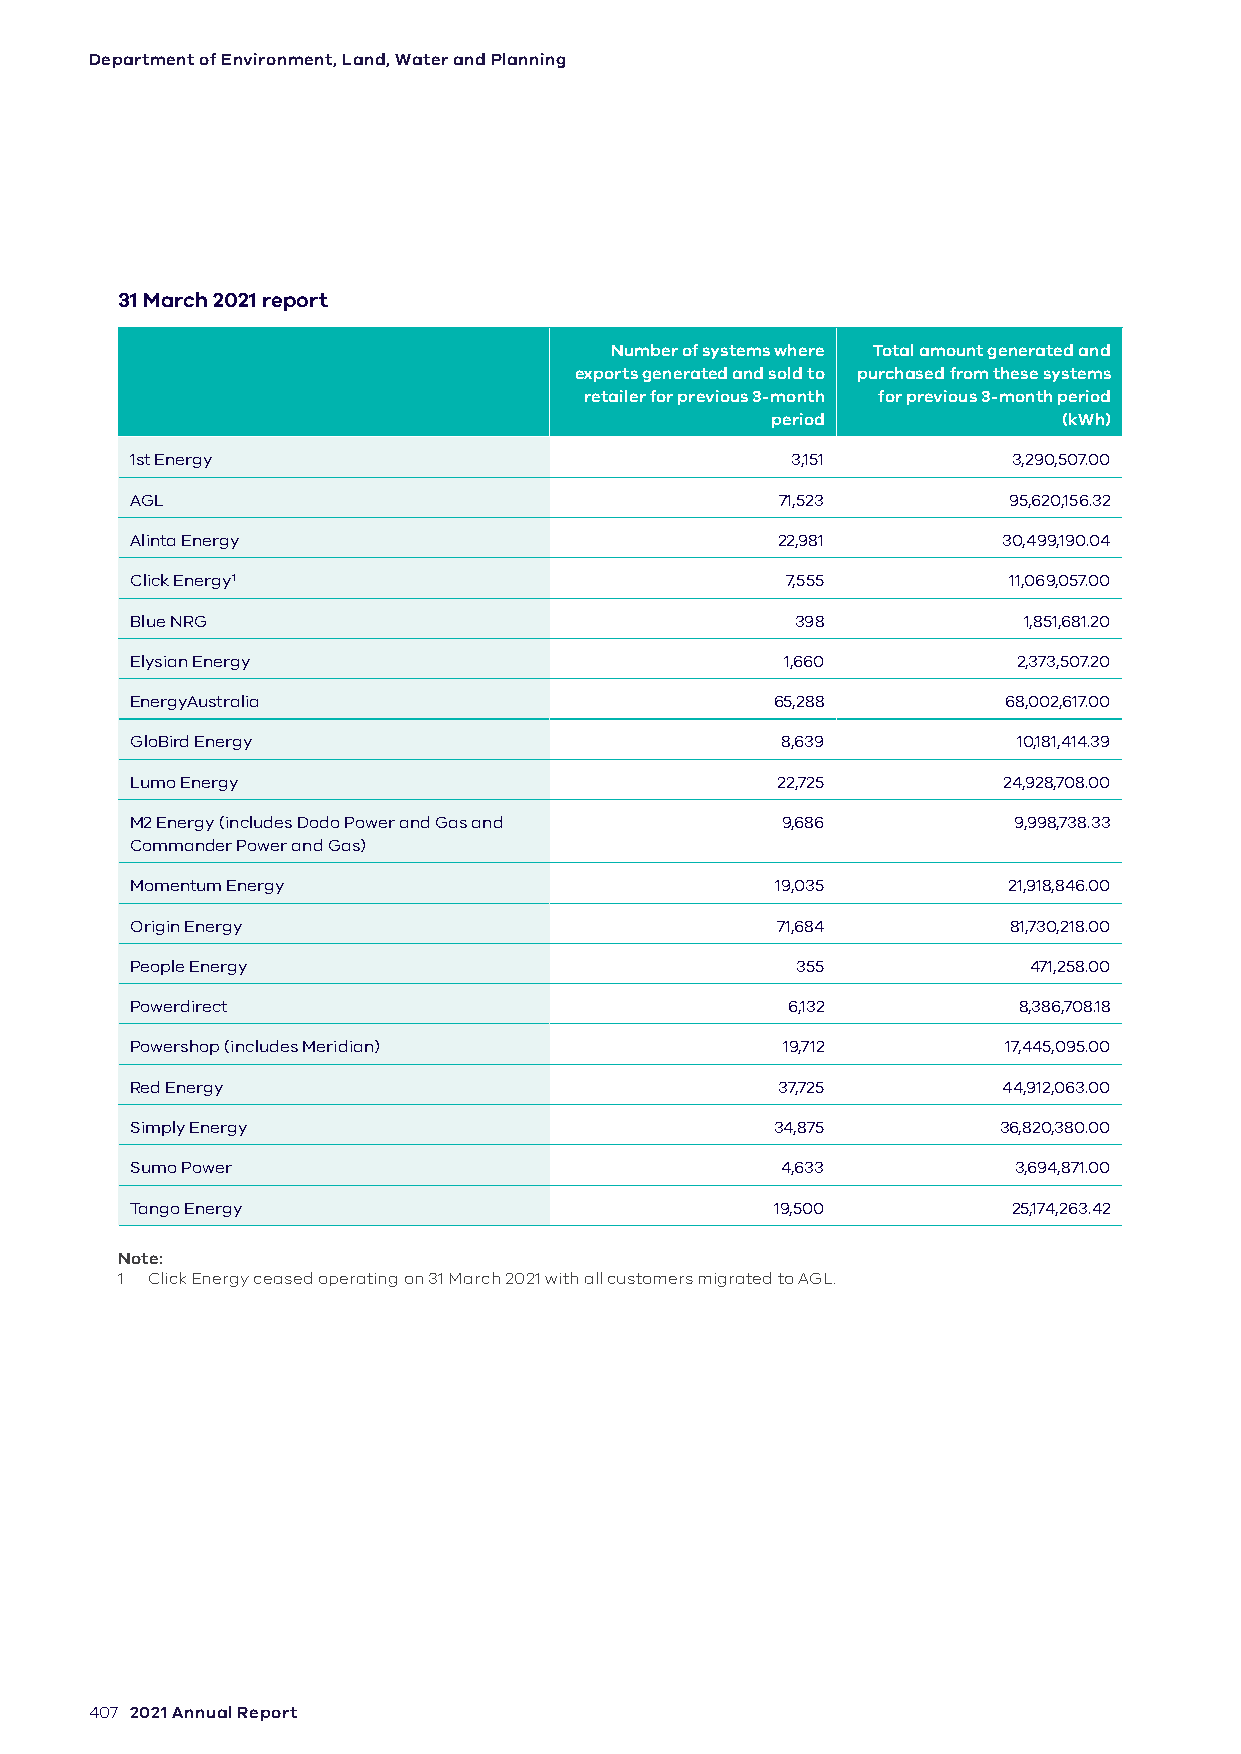
Department of Environment, Land, Water and Planning
 31 March 2021 report
 Number of systems where Total amount generated and
 exports generated and sold to purchased from these systems
 retailer for previous 3-month for previous 3-month period
 period             (kWh)
 1st Energy                                 3,151          3,290,507.00
 AGL                                        71,523         95,620,156.32
 Alinta Energy                             22,981         30,499,190.04
 Click Energy1                              7,555          11,069,057.00
 Blue NRG                                    398            1,851,681.20
 Elysian Energy                             1,660          2,373,507.20
 EnergyAustralia                           65,288         68,002,617.00
 GloBird Energy                             8,639          10,181,414.39
 Lumo Energy                               22,725         24,928,708.00
 M2 Energy (includes Dodo Power and Gas and 9,686          9,998,738.33
 Commander Power and Gas)
 Momentum Energy                           19,035          21,918,846.00
 Origin Energy                             71,684          81,730,218.00
 People Energy                               355            471,258.00
 Powerdirect                                6,132          8,386,708.18
 Powershop (includes Meridian)              19,712        17,445,095.00
 Red Energy                                37,725         44,912,063.00
 Simply Energy                             34,875         36,820,380.00
 Sumo Power                                 4,633          3,694,871.00
 Tango Energy                              19,500          25,174,263.42
 Note:
 1 Click Energy ceased operating on 31 March 2021 with all customers migrated to AGL.
 407 2021 Annual Report